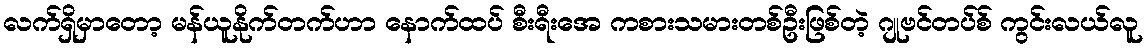
လက်ရှိမှာတော့ မန်ယူနိုက်တက်ဟာ နောက်ထပ် စီးရီးအေ ကစားသမားတစ်ဦးဖြစ်တဲ့ ဂျုဗင်တပ်စ် ကွင်းလယ်လူ